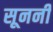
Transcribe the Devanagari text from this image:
सूननी